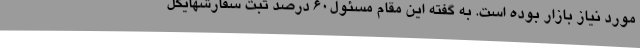
مورد نیاز بازار بوده است. به گفته این مقام مسئول60 درصد ثبت سفارشهایکل